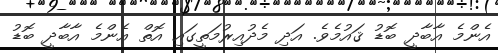
އެންމެ އާބާދީ ބޮޑު ޤައުމެވެ. އަދި މެދުއިރުމަތީގައި އޮތް އެންމެ އާބާދީ ބޮޑު